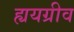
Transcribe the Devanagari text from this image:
ह्ययग्रीव